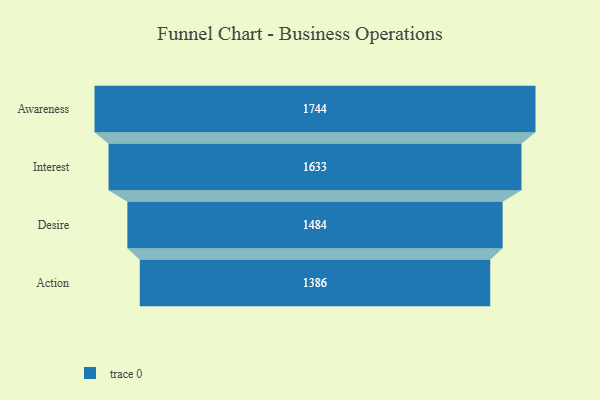
{"axis": {"x": "Stage", "y": "Value"}, "legend": [""], "data": [{"x": "Awareness", "y": 1744.0, "type": ""}, {"x": "Interest", "y": 1633.0, "type": ""}, {"x": "Desire", "y": 1484.0, "type": ""}, {"x": "Action", "y": 1386.0, "type": ""}]}